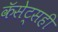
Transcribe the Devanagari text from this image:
कॅसेट्सही